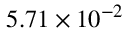
5 . 7 1 \times 1 0 ^ { - 2 }